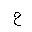
Letter: _ha